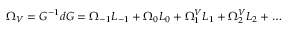
\Omega _ { V } = G ^ { - 1 } d G = \Omega _ { - 1 } L _ { - 1 } + \Omega _ { 0 } L _ { 0 } + \Omega _ { 1 } ^ { V } L _ { 1 } + \Omega _ { 2 } ^ { V } L _ { 2 } + \ldots